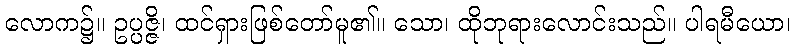
လောက၌။ ဥပ္ပဇ္ဇိ၊ ထင်ရှားဖြစ်တော်မူ၏။ သော၊ ထိုဘုရားလောင်းသည်။ ပါရမီယော၊